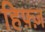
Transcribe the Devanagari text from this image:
हिफ़्ज़